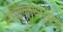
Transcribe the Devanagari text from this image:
मल्लिनाथपुराण